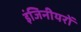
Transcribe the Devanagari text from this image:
इंजिनीयरों